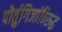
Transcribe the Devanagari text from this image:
पोर्तुगिजांविरुद्ध